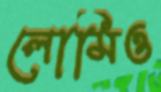
লোমিও